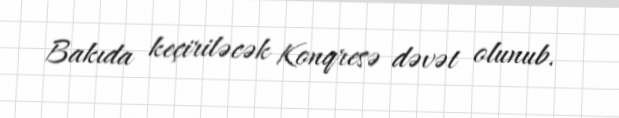
Bakıda keçiriləcək Konqresə dəvət olunub.